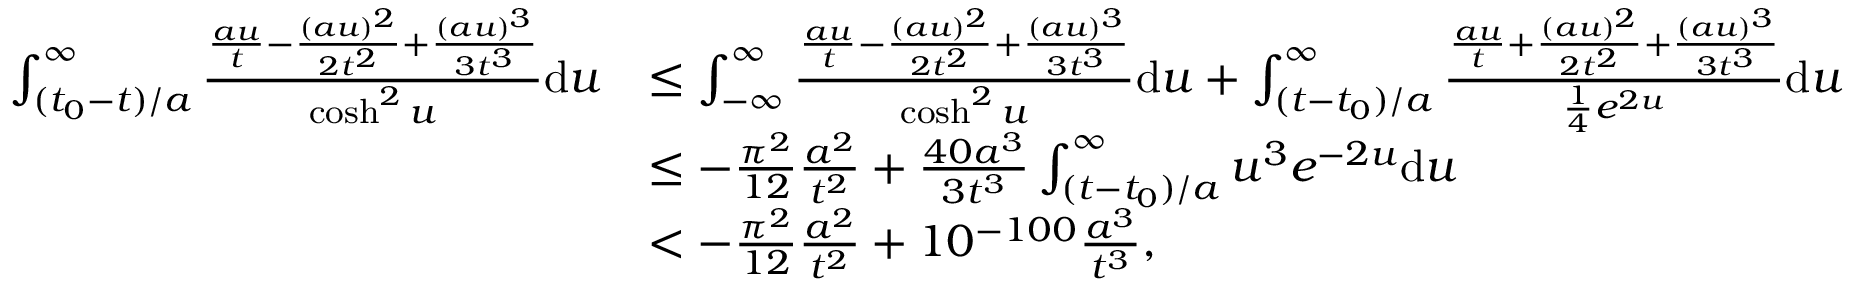
\begin{array} { r l } { \int _ { ( t _ { 0 } - t ) / a } ^ { \infty } \frac { \frac { a u } { t } - \frac { ( a u ) ^ { 2 } } { 2 t ^ { 2 } } + \frac { ( a u ) ^ { 3 } } { 3 t ^ { 3 } } } { \cosh ^ { 2 } u } \mathrm { d } u } & { \le \int _ { - \infty } ^ { \infty } \frac { \frac { a u } { t } - \frac { ( a u ) ^ { 2 } } { 2 t ^ { 2 } } + \frac { ( a u ) ^ { 3 } } { 3 t ^ { 3 } } } { \cosh ^ { 2 } u } \mathrm { d } u + \int _ { ( t - t _ { 0 } ) / a } ^ { \infty } \frac { \frac { a u } { t } + \frac { ( a u ) ^ { 2 } } { 2 t ^ { 2 } } + \frac { ( a u ) ^ { 3 } } { 3 t ^ { 3 } } } { \frac { 1 } { 4 } e ^ { 2 u } } \mathrm { d } u } \\ & { \le - \frac { \pi ^ { 2 } } { 1 2 } \frac { a ^ { 2 } } { t ^ { 2 } } + \frac { 4 0 a ^ { 3 } } { 3 t ^ { 3 } } \int _ { ( t - t _ { 0 } ) / a } ^ { \infty } u ^ { 3 } e ^ { - 2 u } \mathrm { d } u } \\ & { < - \frac { \pi ^ { 2 } } { 1 2 } \frac { a ^ { 2 } } { t ^ { 2 } } + 1 0 ^ { - 1 0 0 } \frac { a ^ { 3 } } { t ^ { 3 } } , } \end{array}